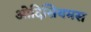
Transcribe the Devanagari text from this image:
ओदिसियमस